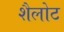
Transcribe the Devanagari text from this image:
शैलोट